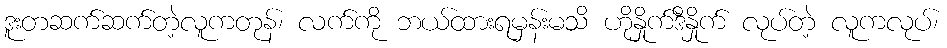
ဒူးတဆက်ဆက်တဲ့လူကတုန်၊ လက်ကို ဘယ်ထားရမှန်းမသိ ဟိုနှိုက်ဒီနှိုက် လုပ်တဲ့ လူကလုပ်၊